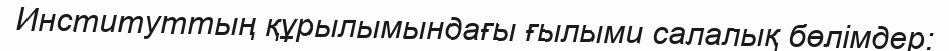
Институттың құрылымындағы ғылыми салалық бөлімдер: